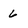
Character: 6